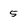
Character: 5